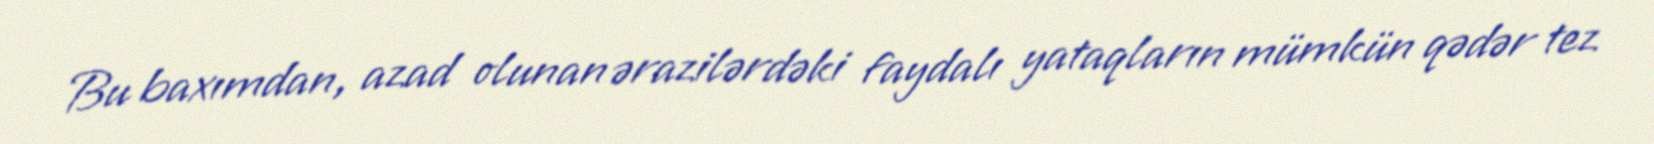
Bu baxımdan, azad olunan ərazilərdəki faydalı yataqların mümkün qədər tez